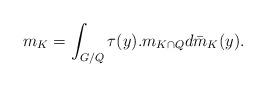
LaTeX: \begin{align*}m_{K}=\int_{G/Q}\tau(y).m_{K\cap Q}d\bar{m}_{K}(y).\end{align*}